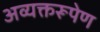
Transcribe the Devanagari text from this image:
अव्यक्तरूपेण